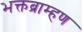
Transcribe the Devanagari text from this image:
भक्तब्राम्हण